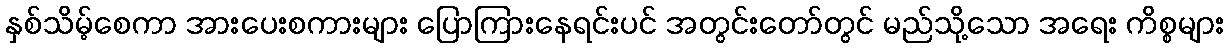
နှစ်သိမ့်စေကာ အားပေးစကားများ ပြောကြားနေရင်းပင် အတွင်းတော်တွင် မည်သို့သော အရေး ကိစ္စများ